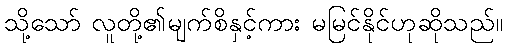
သို့သော် လူတို့၏မျက်စိနှင့်ကား မမြင်နိုင်ဟုဆိုသည်။